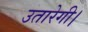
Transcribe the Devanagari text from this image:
उतारेगी।